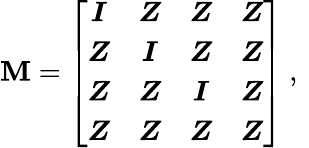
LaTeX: \boldsymbol{\mathbf{M}}=\left[\begin{array}{cccc}{\boldsymbol{I}}&{\boldsymbol{Z}}&{\boldsymbol{Z}}&{\boldsymbol{Z}}\\ {\boldsymbol{Z}}&{\boldsymbol{I}}&{\boldsymbol{Z}}&{\boldsymbol{Z}}\\ {\boldsymbol{Z}}&{\boldsymbol{Z}}&{\boldsymbol{I}}&{\boldsymbol{Z}}\\ {\boldsymbol{Z}}&{\boldsymbol{Z}}&{\boldsymbol{Z}}&{\boldsymbol{Z}}\end{array}\right]\mathrm{{~,~}}